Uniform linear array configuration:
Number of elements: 16
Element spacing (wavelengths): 0.5
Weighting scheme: uniform
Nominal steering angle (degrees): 45
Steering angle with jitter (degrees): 44.897
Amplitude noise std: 0.05
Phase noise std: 0.05

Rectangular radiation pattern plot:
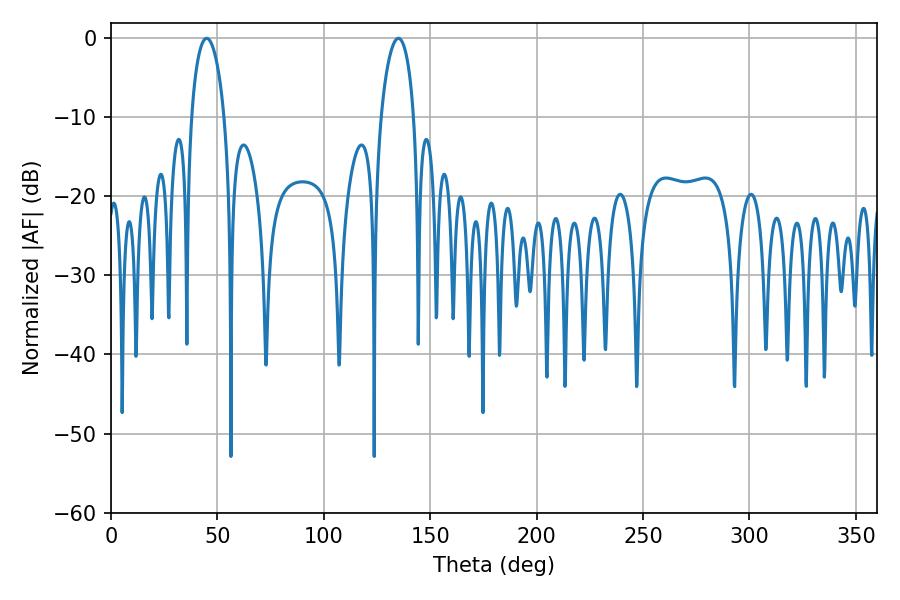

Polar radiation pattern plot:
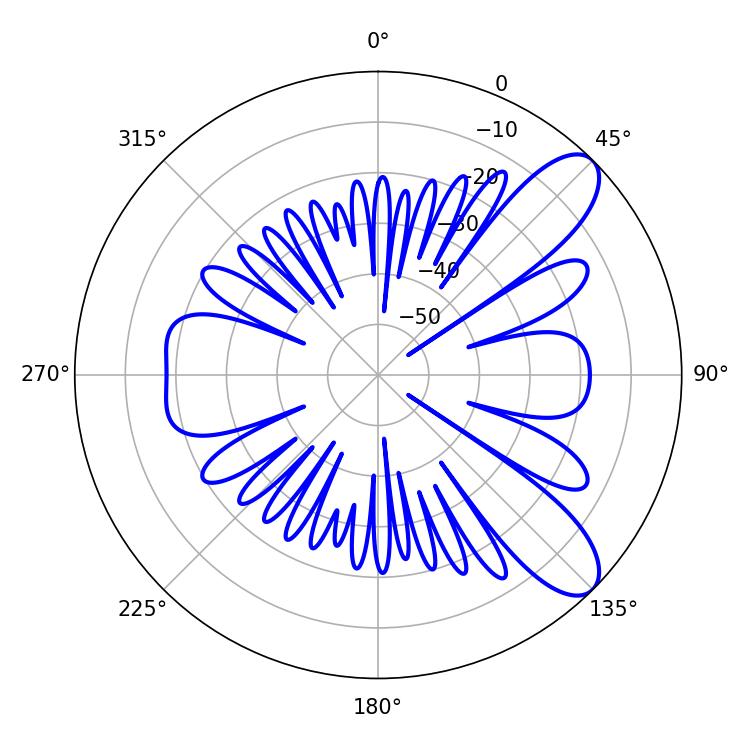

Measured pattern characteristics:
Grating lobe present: FALSE
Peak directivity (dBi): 9.275
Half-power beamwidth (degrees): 8.82
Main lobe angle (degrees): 45